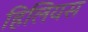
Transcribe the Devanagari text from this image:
हिलियस